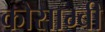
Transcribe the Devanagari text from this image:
कौसाम्बी